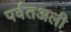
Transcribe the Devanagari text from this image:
पर्वतअली